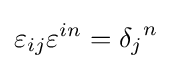
\varepsilon _{ij}\varepsilon ^{in}={\delta _{j}}^{n}